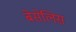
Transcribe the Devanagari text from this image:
बेसेलिस